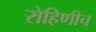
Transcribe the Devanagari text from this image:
रोहिणीच